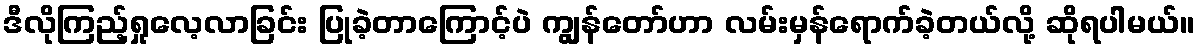
ဒီလိုကြည့်ရှုလေ့လာခြင်း ပြုခဲ့တာကြောင့်ပဲ ကျွန်တော်ဟာ လမ်းမှန်ရောက်ခဲ့တယ်လို့ ဆိုရပါမယ်။